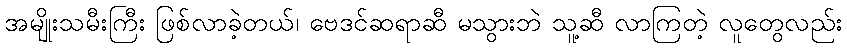
အမျိုးသမီးကြီး ဖြစ်လာခဲ့တယ်၊ ဗေဒင်ဆရာဆီ မသွားဘဲ သူ့ဆီ လာကြတဲ့ လူတွေလည်း